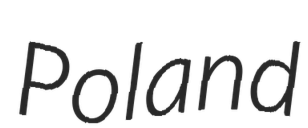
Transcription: Poland